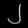
Digit: ၂